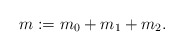
\begin{align*}m:=m_0+m_1+m_2.\end{align*}